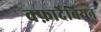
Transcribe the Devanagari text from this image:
क्फ़ार्देबियन